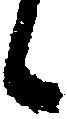
候